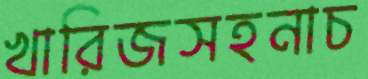
খারিজসহনাচ